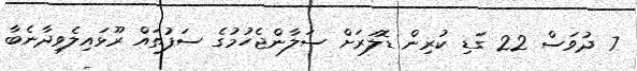
7 ދުވަސް 22 ގަޑި ކުރިން ޑޮލަރަށް ސަލާންޖެހުމުގެ ސަފުތައް ރޫޅައިލެވިދާނެބާ